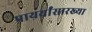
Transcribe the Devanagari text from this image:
पायर्यांसारख्या